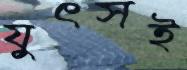
যুৎসই